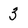
Character: 3